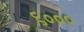
૬૦૦૦